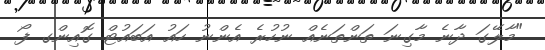
"މާލޭގަ ދާނެ މާގިނަ ތަންތަނެއް ނުހުރެ އެންނު ހައު އަބައުޓް ގޮއިންގ ފޯ